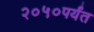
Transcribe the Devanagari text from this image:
२०५०पर्यंत